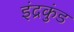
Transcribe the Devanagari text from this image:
इंद्रकुंड